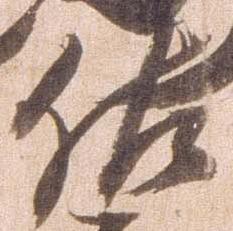
佐